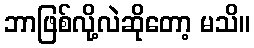
ဘာဖြစ်လို့လဲဆိုတော့ မသိ။